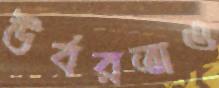
উর্বরতাও